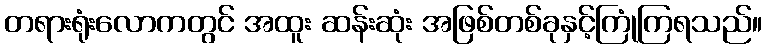
တရားရုံးလောကတွင် အထူး ဆန်းဆုံး အဖြစ်တစ်ခုနှင့်ကြုံကြရသည်။